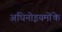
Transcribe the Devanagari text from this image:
अधिनोइयमोंके